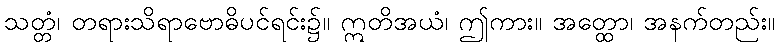
သတ္တံ၊ တရားသိရာဗောဓိပင်ရင်း၌။ ဣတိအယံ၊ ဤကား။ အတ္ထော၊ အနက်တည်း။